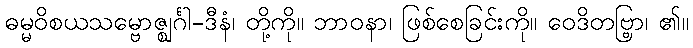
ဓမ္မဝိစယသမ္ဗောဇ္ဈင်္ဂါ-ဒီနံ၊ တို့ကို။ ဘာဝနာ၊ ဖြစ်စေခြင်းကို။ ဝေဒိတဗ္ဗြာ၊ ၏။